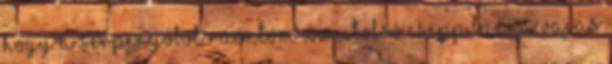
hogy a serpenyőből ráöntöm az utolsó csepp barna vajas